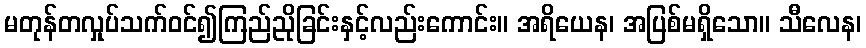
မတုန်တလှုပ်သက်ဝင်၍ကြည်ညိုခြင်းနှင့်လည်းကောင်း။ အရိယေန၊ အပြစ်မရှိသော။ သီလေန၊